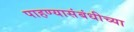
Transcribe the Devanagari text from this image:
पाहण्यासंबंधीच्या